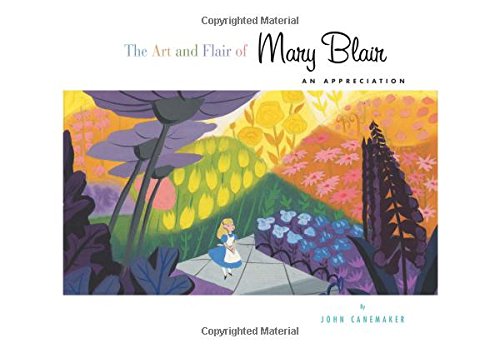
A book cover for The Art and Flair of Mary Blair (Updated Edition): An Appreciation (Disney Editions Deluxe); John Canemaker; Arts & Photography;